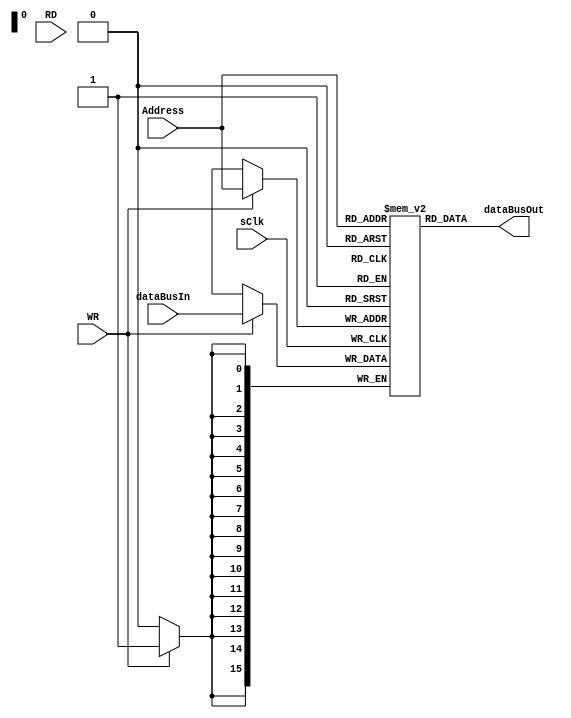
`timescale 1ns / 1ps

module MemCache(
    input [15:0] Address,
               //inout [7:0] DataBus,
                input [15:0]  dataBusIn,
                output [15:0] dataBusOut,
    input RD,
    input WR,
    input sClk    
    );
    
    reg [15:0] blockMem[65535:0];
    //reg [7:0]outHold;
    
               //assign DataBus  = (RD)?blockMem[Address] : 8'hzz;
                 assign dataBusOut = blockMem[Address]; 
    
    always @(posedge sClk )begin
        if (WR) 
            //blockMem[Address] <= DataBus;
            blockMem[Address] <= dataBusIn;
    end
    
    initial begin
        //$readmemb("C:/Users/prasanna/Desktop/latest/Behavioural_YES_FPGA_No.srcs/sim_1/imports/Desktop/output.txt",blockMem);
            //$readmemb("/home/abhimanyu/Desktop/BiswasProject/latest/Behavioural_YES_FPGA_No.srcs/sim_1/imports/Desktop/output.txt",blockMem);
        /*
        blockMem[0] =  8'h00;
        blockMem[1] =  8'hA1;
        blockMem[2] =  8'h58;
        blockMem[3] =  8'h09;
        blockMem[4] =  8'h59;
        blockMem[5] =  8'h69;
        blockMem[6] =  8'h00;
        blockMem[7] =  8'h00;
        blockMem[8] =  8'h00;
        blockMem[9] =  8'h00;
        blockMem[10] = 8'h00;
        blockMem[11] = 8'h00;
        blockMem[12] = 8'h00;
        blockMem[13] = 8'h00;
        blockMem[14] = 8'h00;
        blockMem[15] = 8'h00;
        blockMem[16] = 8'h00;
        blockMem[17] = 8'h00;
        blockMem[18] = 8'h00;
        blockMem[19] = 8'h00;
        blockMem[20] = 8'h00;
        blockMem[21] = 8'h00;
        blockMem[22] = 8'h00;
        blockMem[23] = 8'h00;
        blockMem[24] = 8'h00;
        blockMem[25] = 8'h00;
        blockMem[26] = 8'h0;
        blockMem[27] = 8'h0;
        blockMem[28] = 8'h0;
        blockMem[29] = 8'h0;
        blockMem[30] = 8'h0;
        blockMem[31] = 8'h0;
        blockMem[32] = 8'h0;
        blockMem[33] = 8'h0;
        blockMem[34] = 8'h0;
        blockMem[35] = 8'h0;
        blockMem[36] = 8'h0;
        blockMem[37] = 8'h0;
        blockMem[38] = 8'h0;
        blockMem[39] = 8'h0;
        blockMem[40] = 8'h0;
        blockMem[41] = 8'h0;
        blockMem[42] = 8'h0;
        blockMem[43] = 8'h0;
        blockMem[44] = 8'h0;
        blockMem[45] = 8'h0;
        blockMem[46] = 8'h0;
        blockMem[47] = 8'h0;
        blockMem[48] = 8'h0;
        blockMem[49] = 8'h0;
        blockMem[50] = 8'h0;
        blockMem[51] = 8'h0;
        blockMem[52] = 8'h0;
        blockMem[53] = 8'h0;
        blockMem[54] = 8'h0;
        blockMem[55] = 8'h0;
        blockMem[56] = 8'h0;
        blockMem[57] = 8'h0;
        blockMem[58] = 8'h0;
        blockMem[59] = 8'h0;
        blockMem[60] = 8'h0;
        blockMem[61] = 8'h0;
        blockMem[62] = 8'h0;
        blockMem[63] = 8'h0;
        blockMem[64] = 8'h0;
        blockMem[65] = 8'h0;
        blockMem[66] = 8'h0;
        blockMem[67] = 8'h0;
        blockMem[68] = 8'h0;
        blockMem[69] = 8'h0;
        blockMem[70] = 8'h0;
        blockMem[71] = 8'h0;
        blockMem[72] = 8'h0;
        blockMem[73] = 8'h0;
        blockMem[74] = 8'h0;
        blockMem[75] = 8'h0;
        blockMem[76] = 8'h0;
        blockMem[77] = 8'h0;
        blockMem[78] = 8'h0;
        blockMem[79] = 8'h0;
        blockMem[80] = 8'h0;
        blockMem[81] = 8'h0;
        blockMem[82] = 8'h0;
        blockMem[83] = 8'h0;
        blockMem[84] = 8'h0;
        blockMem[85] = 8'h0;
        blockMem[86] = 8'h0;
        blockMem[87] = 8'h0;
        blockMem[88] = 8'h0;
        blockMem[89] = 8'h0;
        blockMem[90] = 8'h0;
        blockMem[91] = 8'h0;
        blockMem[92] = 8'h0;
        blockMem[93] = 8'h0;
        blockMem[94] = 8'h0;
        blockMem[95] = 8'h0;
        blockMem[96] = 8'h0;
        blockMem[97] = 8'h0;
        blockMem[98] = 8'h0;
        blockMem[99] = 8'h0;
        blockMem[100] =8'h0;
        blockMem[101] =8'h0;
        blockMem[102] =8'h0;
        blockMem[103] =8'h0;
        blockMem[104] =8'h0;
        blockMem[105] =8'h0;
        blockMem[106] =8'h0;
        blockMem[107] =8'h0;
        blockMem[108] =8'h0;
        blockMem[109] =8'h0;
        blockMem[110] =8'h0;
        blockMem[111] =8'h0;
        blockMem[112] =8'h0;
        blockMem[113] =8'h0;
        blockMem[114] =8'h0;
        blockMem[115] =8'h0;
        blockMem[116] =8'h0;
        blockMem[117] =8'h0;
        blockMem[118] =8'h0;
        blockMem[119] =8'h0;
        blockMem[120] =8'h0;
        blockMem[121] =8'h0;
        blockMem[122] =8'h0;
        blockMem[123] =8'h0;
        blockMem[124] =8'h0;
        blockMem[125] =8'h0;
        blockMem[126] =8'h0;
        blockMem[127] =8'h0;
        blockMem[128] =8'h0;
        blockMem[129] =8'h0;
        blockMem[130] =8'h0;
        blockMem[131] =8'h0;
        blockMem[132] =8'h0;
        blockMem[133] =8'h0;
        blockMem[134] =8'h0;
        blockMem[135] =8'h0;
        blockMem[136] =8'h0;
        blockMem[137] =8'h0;
        blockMem[138] =8'h0;
        blockMem[139] =8'h0;
        blockMem[140] =8'h0;
        blockMem[141] =8'h0;
        blockMem[142] =8'h0;
        blockMem[143] =8'h0;
        blockMem[144] =8'h0;
        blockMem[145] =8'h0;
        blockMem[146] =8'h0;
        blockMem[147] =8'h0;
        blockMem[148] =8'h0;
        blockMem[149] =8'h0;
        blockMem[150] =8'h0;
        blockMem[151] =8'h0;
        blockMem[152] =8'h0;
        blockMem[153] =8'h0;
        blockMem[154] =8'h0;
        blockMem[155] =8'h0;
        blockMem[156] =8'h0;
        blockMem[157] =8'h0;
        blockMem[158] =8'h0;
        blockMem[159] =8'h0;
        blockMem[160] =8'h0;
        blockMem[161] =8'h0;
        blockMem[162] =8'h0;
        blockMem[163] =8'h0;
        blockMem[164] =8'h0;
        blockMem[165] =8'h0;
        blockMem[166] =8'h0;
        blockMem[167] =8'h0;
        blockMem[168] =8'h0;
        blockMem[169] =8'h0;
        blockMem[170] =8'h0;
        blockMem[171] =8'h0;
        blockMem[172] =8'h0;
        blockMem[173] =8'h0;
        blockMem[174] =8'h0;
        blockMem[175] =8'h0;
        blockMem[176] =8'h0;
        blockMem[177] =8'h0;
        blockMem[178] =8'h0;
        blockMem[179] =8'h0;
        blockMem[180] =8'h0;
        blockMem[181] =8'h0;
        blockMem[182] =8'h0;
        blockMem[183] =8'h0;
        blockMem[184] =8'h0;
        blockMem[185] =8'h0;
        blockMem[186] =8'h0;
        blockMem[187] =8'h0;
        blockMem[188] =8'h0;
        blockMem[189] =8'h0;
        blockMem[190] =8'h0;
        blockMem[191] =8'h0;
        blockMem[192] =8'h0;
        blockMem[193] =8'h0;
        blockMem[194] =8'h0;
        blockMem[195] =8'h0;
        blockMem[196] =8'h0;
        blockMem[197] =8'h0;
        blockMem[198] =8'h0;
        blockMem[199] =8'h0;
        blockMem[200] =8'h0;
        blockMem[201] =8'h0;
        blockMem[202] =8'h0;
        blockMem[203] =8'h0;
        blockMem[204] =8'h0;
        blockMem[205] =8'h0;
        blockMem[206] =8'h0;
        blockMem[207] =8'h0;
        blockMem[208] =8'h0;
        blockMem[209] =8'h0;
        blockMem[210] =8'h0;
        blockMem[211] =8'h0;
        blockMem[212] =8'h0;
        blockMem[213] =8'h0;
        blockMem[214] =8'h0;
        blockMem[215] =8'h0;
        blockMem[216] =8'h0;
        blockMem[217] =8'h0;
        blockMem[218] =8'h0;
        blockMem[219] =8'h0;
        blockMem[220] =8'h0;
        blockMem[221] =8'h0;
        blockMem[222] =8'h0;
        blockMem[223] =8'h0;
        blockMem[224] =8'h0;
        blockMem[225] =8'h0;
        blockMem[226] =8'h0;
        blockMem[227] =8'h0;
        blockMem[228] =8'h0;
        blockMem[229] =8'h0;
        blockMem[230] =8'h0;
        blockMem[231] =8'h0;
        blockMem[232] =8'h0;
        blockMem[233] =8'h0;
        blockMem[234] =8'h0;
        blockMem[235] =8'h0;
        blockMem[236] =8'h0;
        blockMem[237] =8'h0;
        blockMem[238] =8'h0;
        blockMem[239] =8'h0;
        blockMem[240] =8'h0;
        blockMem[241] =8'h0;
        blockMem[242] =8'h0;
        blockMem[243] =8'h0;
        blockMem[244] =8'h0;
        blockMem[245] =8'h0;
        blockMem[246] =8'h0;
        blockMem[247] =8'h0;
        blockMem[248] =8'h0;
        blockMem[249] =8'h0;
        blockMem[250] =8'h0;
        blockMem[251] =8'h0;
        blockMem[252] =8'h0;
        blockMem[253] =8'h0;
        blockMem[254] =8'h0;
        blockMem[255] =8'h0; 
        */
       
    blockMem[0] = 8'h01;  //CLR
                blockMem[1] = 8'h1f;  //MVS<rn>
                blockMem[2] = 8'h62;  //STA<rn>
                blockMem[3] = 8'h9c;  //SBI<rn><od>
                blockMem[4] = 8'h54;  //DCR<rn>
                blockMem[5] = 8'he5;  //XRA<rn>
                blockMem[6] = 8'hb2;  //SCA<rn>
                blockMem[7] = 8'h62;  //STA<rn>
                blockMem[8] = 8'hb6;  //SCA<rn>
                blockMem[9] = 8'h47;  //INC<rn>
                blockMem[10] = 8'h58;  //MVI<rn><od>
                blockMem[11] = 8'h5b;  //MVI<rn><od>
                blockMem[12] = 8'he4;  //XRA<rn>
                blockMem[13] = 8'hb6;  //SCA<rn>
                blockMem[14] = 8'h7d;  //POP<rn>
                blockMem[15] = 8'h7b;  //POP<rn>
                blockMem[16] = 8'h61;  //STA<rn>
                blockMem[17] = 8'h79;  //POP<rn>
                blockMem[18] = 8'h5e;  //MVI<rn><od>
                blockMem[19] = 8'h13;  //MVD<rn>
                blockMem[20] = 8'h86;  //ADA<rn>
                blockMem[21] = 8'h83;  //ADA<rn>
                blockMem[22] = 8'h58;  //MVI<rn><od>
                blockMem[23] = 8'hed;  //XRI<rn><od>
                blockMem[24] = 8'h6f;  //PSH<rn>
                blockMem[25] = 8'hcc;  //ANI<rn><od>
                blockMem[26] = 8'h18;  //RSP
                blockMem[27] = 8'hea;  //XRI<rn><od>
                blockMem[28] = 8'h5a;  //MVI<rn><od>
                blockMem[29] = 8'h59;  //MVI<rn><od>
                blockMem[30] = 8'h1f;  //MVS<rn>
                blockMem[31] = 8'h00;  //SBA<rn>
                blockMem[32] = 8'hdd;  //ORI<rn><od>
                blockMem[33] = 8'h22;  //NOT<rn>
                blockMem[34] = 8'h6c;  //PSH<rn>
                blockMem[35] = 8'h6d;  //PSH<rn>
                blockMem[36] = 8'h62;  //STA<rn>
                blockMem[37] = 8'h5e;  //MVI<rn><od>
                blockMem[38] = 8'h8d;  //ADI<rn><od>
                blockMem[39] = 8'h9b;  //SBI<rn><od>
                blockMem[40] = 8'h11;  //MVD<rn>
                blockMem[41] = 8'h00;  //ACA<rn>
                blockMem[42] = 8'h76;  //LDA<rn>
                blockMem[43] = 8'he6;  //XRA<rn>
                blockMem[44] = 8'h77;  //LDA<rn>
                blockMem[45] = 8'h71;  //LDA<rn>
                blockMem[46] = 8'hd9;  //ORI<rn><od>
                blockMem[47] = 8'h17;  //MVD<rn>
                blockMem[48] = 8'h67;  //STA<rn>
                blockMem[49] = 8'h97;  //SBA<rn>
                blockMem[50] = 8'h24;  //NOT<rn>
                blockMem[51] = 8'h19;  //MVS<rn>
                blockMem[52] = 8'h71;  //LDA<rn>
                blockMem[53] = 8'h61;  //STA<rn>
                blockMem[54] = 8'h6c;  //PSH<rn>
                blockMem[55] = 8'h61;  //STA<rn>
                blockMem[56] = 8'h1a;  //MVS<rn>
                blockMem[57] = 8'ha3;  //ACA<rn>
                blockMem[58] = 8'hdb;  //ORI<rn><od>
                blockMem[59] = 8'h13;  //MVD<rn>
                blockMem[60] = 8'h58;  //MVI<rn><od>
                blockMem[61] = 8'h68;  //PSH<rn>
                blockMem[62] = 8'h14;  //MVD<rn>
                blockMem[63] = 8'hbe;  //SCI<rn><od>
                blockMem[64] = 8'hc8;  //ANI<rn><od>
                blockMem[65] = 8'h6a;  //PSH<rn>
                blockMem[66] = 8'h57;  //DCR<rn>
                blockMem[67] = 8'h22;  //NOT<rn>
                blockMem[68] = 8'h67;  //STA<rn>
                blockMem[69] = 8'haf;  //ACI<rn><od>
                blockMem[70] = 8'h5c;  //MVI<rn><od>
                blockMem[71] = 8'h5d;  //MVI<rn><od>
                blockMem[72] = 8'h6f;  //PSH<rn>
                blockMem[73] = 8'h6c;  //PSH<rn>
                blockMem[74] = 8'hbb;  //SCI<rn><od>
                blockMem[75] = 8'h7d;  //POP<rn>
                blockMem[76] = 8'hd8;  //ORI<rn><od>
                blockMem[77] = 8'h68;  //PSH<rn>
                blockMem[78] = 8'h7c;  //POP<rn>
                blockMem[79] = 8'h77;  //LDA<rn>
                blockMem[80] = 8'h58;  //MVI<rn><od>
                blockMem[81] = 8'h7f;  //POP<rn>
                blockMem[82] = 8'h13;  //MVD<rn>
                blockMem[83] = 8'hde;  //ORI<rn><od>
                blockMem[84] = 8'h71;  //LDA<rn>
                blockMem[85] = 8'h8e;  //ADI<rn><od>
                blockMem[86] = 8'h42;  //INC<rn>
                blockMem[87] = 8'h6a;  //PSH<rn>
                blockMem[88] = 8'ha5;  //ACA<rn>
                blockMem[89] = 8'hd6;  //ORA<rn>
                blockMem[90] = 8'h11;  //MVD<rn>
                blockMem[91] = 8'h63;  //STA<rn>
                blockMem[92] = 8'hd2;  //ORA<rn>
                blockMem[93] = 8'hc3;  //ANA<rn>
                blockMem[94] = 8'h11;  //MVD<rn>
                blockMem[95] = 8'h62;  //STA<rn>
                blockMem[96] = 8'hb4;  //SCA<rn>
                blockMem[97] = 8'h66;  //STA<rn>
                blockMem[98] = 8'hd0;  //ORA<rn>
                blockMem[99] = 8'h6a;  //PSH<rn>
                blockMem[100] = 8'h69;  //PSH<rn>
                blockMem[101] = 8'h1d;  //MVS<rn>
                blockMem[102] = 8'ha2;  //ACA<rn>
                blockMem[103] = 8'heb;  //XRI<rn><od>
                blockMem[104] = 8'h54;  //DCR<rn>
                blockMem[105] = 8'h19;  //MVS<rn>
                blockMem[106] = 8'h5a;  //MVI<rn><od>
                blockMem[107] = 8'hbc;  //SCI<rn><od>
                blockMem[108] = 8'h93;  //SBA<rn>
                blockMem[109] = 8'he8;  //XRI<rn><od>
                blockMem[110] = 8'h69;  //PSH<rn>
                blockMem[111] = 8'h99;  //SBI<rn><od>
                blockMem[112] = 8'h7d;  //POP<rn>
                blockMem[113] = 8'ha7;  //ACA<rn>
                blockMem[114] = 8'h26;  //NOT<rn>
                blockMem[115] = 8'h91;  //SBA<rn>
                blockMem[116] = 8'hbe;  //SCI<rn><od>
                blockMem[117] = 8'h6a;  //PSH<rn>
                blockMem[118] = 8'hd5;  //ORA<rn>
                blockMem[119] = 8'hc4;  //ANA<rn>
                blockMem[120] = 8'h66;  //STA<rn>
                blockMem[121] = 8'h79;  //POP<rn>
                blockMem[122] = 8'h61;  //STA<rn>
                blockMem[123] = 8'hb2;  //SCA<rn>
                blockMem[124] = 8'hc3;  //ANA<rn>
                blockMem[125] = 8'h7e;  //POP<rn>
                blockMem[126] = 8'h6d;  //PSH<rn>
                blockMem[127] = 8'h97;  //SBA<rn>
                blockMem[128] = 8'h6f;  //PSH<rn>
                blockMem[129] = 8'haa;  //ACI<rn><od>
                blockMem[130] = 8'h00;  //ACA<rn>
                blockMem[131] = 8'h61;  //STA<rn>
                blockMem[132] = 8'h96;  //SBA<rn>
                blockMem[133] = 8'he9;  //XRI<rn><od>
                blockMem[134] = 8'h65;  //STA<rn>
                blockMem[135] = 8'h61;  //STA<rn>
                blockMem[136] = 8'h10;  //LSP
                blockMem[137] = 8'h7d;  //POP<rn>
                blockMem[138] = 8'h17;  //MVD<rn>
                blockMem[139] = 8'h58;  //MVI<rn><od>
                blockMem[140] = 8'h66;  //STA<rn>
                blockMem[141] = 8'h7a;  //POP<rn>
                blockMem[142] = 8'h79;  //POP<rn>
                blockMem[143] = 8'h7b;  //POP<rn>
                blockMem[144] = 8'h11;  //MVD<rn>
                blockMem[145] = 8'h69;  //PSH<rn>
                blockMem[146] = 8'hd3;  //ORA<rn>
                blockMem[147] = 8'h7f;  //POP<rn>
                blockMem[148] = 8'h20;  //NOT<rn>
                blockMem[149] = 8'h6a;  //PSH<rn>
                blockMem[150] = 8'h7a;  //POP<rn>
                blockMem[151] = 8'h5c;  //MVI<rn><od>
                blockMem[152] = 8'h27;  //NOT<rn>
                blockMem[153] = 8'h1c;  //MVS<rn>
                blockMem[154] = 8'h6f;  //PSH<rn>
                blockMem[155] = 8'h61;  //STA<rn>
                blockMem[156] = 8'hc3;  //ANA<rn>
                blockMem[157] = 8'hef;  //XRI<rn><od>
                blockMem[158] = 8'h68;  //PSH<rn>
                blockMem[159] = 8'h78;  //POP<rn>
                blockMem[160] = 8'h40;  //INC<rn>
                blockMem[161] = 8'h98;  //SBI<rn><od>
                blockMem[162] = 8'h6a;  //PSH<rn>
                blockMem[163] = 8'h7d;  //POP<rn>
                blockMem[164] = 8'h65;  //STA<rn>
                blockMem[165] = 8'h1d;  //MVS<rn>
                blockMem[166] = 8'hbf;  //SCI<rn><od>
                blockMem[167] = 8'h6b;  //PSH<rn>
                blockMem[168] = 8'h73;  //LDA<rn>
                blockMem[169] = 8'h55;  //DCR<rn>
                blockMem[170] = 8'hbb;  //SCI<rn><od>
                blockMem[171] = 8'hc2;  //ANA<rn>
                blockMem[172] = 8'h73;  //LDA<rn>
                blockMem[173] = 8'hd3;  //ORA<rn>
                blockMem[174] = 8'h58;  //MVI<rn><od>
                blockMem[175] = 8'h67;  //STA<rn>
                blockMem[176] = 8'h5d;  //MVI<rn><od>
                blockMem[177] = 8'h25;  //NOT<rn>
                blockMem[178] = 8'h5e;  //MVI<rn><od>
                blockMem[179] = 8'h40;  //INC<rn>
                blockMem[180] = 8'h7c;  //POP<rn>
                blockMem[181] = 8'h1f;  //MVS<rn>
                blockMem[182] = 8'h6e;  //PSH<rn>
                blockMem[183] = 8'hdf;  //ORI<rn><od>
                blockMem[184] = 8'hce;  //ANI<rn><od>
                blockMem[185] = 8'h63;  //STA<rn>
                blockMem[186] = 8'h5d;  //MVI<rn><od>
                blockMem[187] = 8'hcc;  //ANI<rn><od>
                blockMem[188] = 8'h5d;  //MVI<rn><od>
                blockMem[189] = 8'h43;  //INC<rn>
                blockMem[190] = 8'h51;  //DCR<rn>
                blockMem[191] = 8'h76;  //LDA<rn>
                blockMem[192] = 8'h6f;  //PSH<rn>
                blockMem[193] = 8'h14;  //MVD<rn>
                blockMem[194] = 8'h59;  //MVI<rn><od>
                blockMem[195] = 8'h62;  //STA<rn>
                blockMem[196] = 8'hde;  //ORI<rn><od>
                blockMem[197] = 8'h51;  //DCR<rn>
                blockMem[198] = 8'h5e;  //MVI<rn><od>
                blockMem[199] = 8'h6a;  //PSH<rn>
                blockMem[200] = 8'h62;  //STA<rn>
                blockMem[201] = 8'h73;  //LDA<rn>
                blockMem[202] = 8'h69;  //PSH<rn>
                blockMem[203] = 8'h7a;  //POP<rn>
                blockMem[204] = 8'h64;  //STA<rn>
                blockMem[205] = 8'h76;  //LDA<rn>
                blockMem[206] = 8'h1b;  //MVS<rn>
                blockMem[207] = 8'h58;  //MVI<rn><od>
                blockMem[208] = 8'h69;  //PSH<rn>
                blockMem[209] = 8'h78;  //POP<rn>
                blockMem[210] = 8'h1a;  //MVS<rn>
                blockMem[211] = 8'h9e;  //SBI<rn><od>
                blockMem[212] = 8'h94;  //SBA<rn>
                blockMem[213] = 8'h78;  //POP<rn>
                blockMem[214] = 8'h92;  //SBA<rn>
                blockMem[215] = 8'h65;  //STA<rn>
                blockMem[216] = 8'h20;  //NOT<rn>
                blockMem[217] = 8'h7a;  //POP<rn>
                blockMem[218] = 8'h77;  //LDA<rn>
                blockMem[219] = 8'h2;  //CLC
                blockMem[220] = 8'h59;  //MVI<rn><od>
                blockMem[221] = 8'h77;  //LDA<rn>
                blockMem[222] = 8'h5b;  //MVI<rn><od>
                blockMem[223] = 8'h00;  //ACA<rn>
                blockMem[224] = 8'h66;  //STA<rn>
                blockMem[225] = 8'h8a;  //ADI<rn><od>
                blockMem[226] = 8'h17;  //MVD<rn>
                blockMem[227] = 8'hec;  //XRI<rn><od>
                blockMem[228] = 8'h5d;  //MVI<rn><od>
                blockMem[229] = 8'h59;  //MVI<rn><od>
                blockMem[230] = 8'he7;  //XRA<rn>
                blockMem[231] = 8'h1a;  //MVS<rn>
                blockMem[232] = 8'h74;  //LDA<rn>
                blockMem[233] = 8'h5d;  //MVI<rn><od>
                blockMem[234] = 8'h88;  //ADI<rn><od>
                blockMem[235] = 8'h1b;  //MVS<rn>
                blockMem[236] = 8'h15;  //MVD<rn>
                blockMem[237] = 8'h67;  //STA<rn>
                blockMem[238] = 8'h77;  //LDA<rn>
                blockMem[239] = 8'h42;  //INC<rn>
                blockMem[240] = 8'he1;  //XRA<rn>
                blockMem[241] = 8'h66;  //STA<rn>
                blockMem[242] = 8'hbe;  //SCI<rn><od>
                blockMem[243] = 8'h41;  //INC<rn>
                blockMem[244] = 8'hce;  //ANI<rn><od>
                blockMem[245] = 8'h45;  //INC<rn>
                blockMem[246] = 8'h7f;  //POP<rn>
                blockMem[247] = 8'h88;  //ADI<rn><od>
                blockMem[248] = 8'h53;  //DCR<rn>
                blockMem[249] = 8'h79;  //POP<rn>
                blockMem[250] = 8'h6d;  //PSH<rn>
                blockMem[251] = 8'h62;  //STA<rn>
                blockMem[252] = 8'h9a;  //SBI<rn><od>
                blockMem[253] = 8'hef;  //XRI<rn><od>
                blockMem[254] = 8'h7c;  //POP<rn>
                blockMem[255] = 8'h01; //CLR


    end
    
endmodule